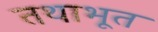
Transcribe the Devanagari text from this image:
तथाभूत